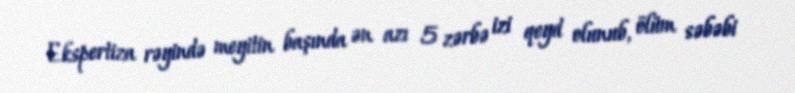
Ekspertiza rəyində meyitin başında ən azı 5 zərbə izi qeyd olunub, ölüm səbəbi